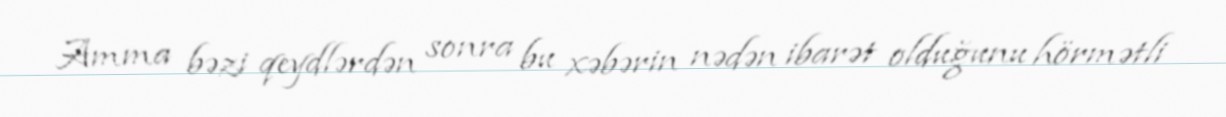
Amma bəzi qeydlərdən sonra bu xəbərin nədən ibarət olduğunu hörmətli